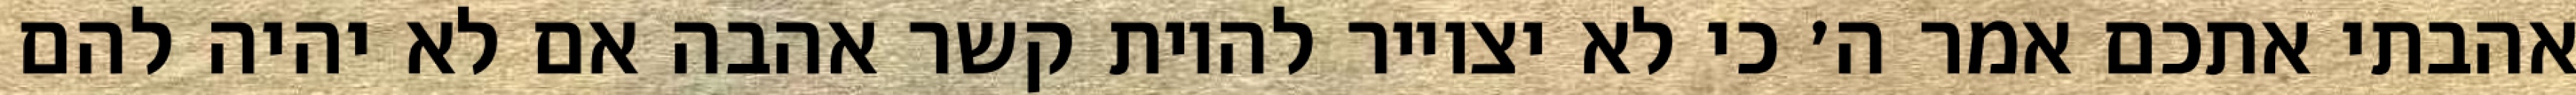
אהבתי אתכם אמר ה׳ כי לא יצוייר להיות קשר אהבה אם לא יהיה להם